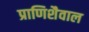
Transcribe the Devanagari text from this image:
प्राणिशैवाल